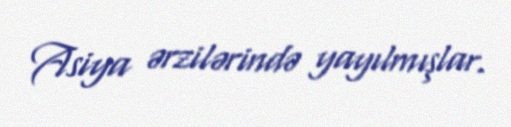
Asiya ərzilərində yayılmışlar.